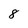
Character: 8